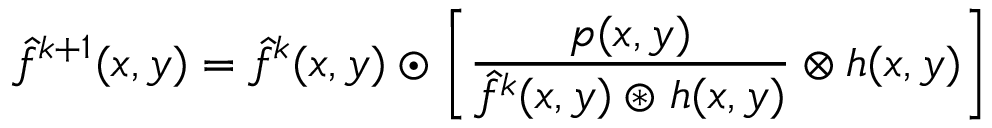
\hat { f } ^ { k + 1 } ( x , y ) = \hat { f } ^ { k } ( x , y ) \odot \left[ \frac { p ( x , y ) } { \hat { f } ^ { k } ( x , y ) \circledast h ( x , y ) } \otimes h ( x , y ) \right]